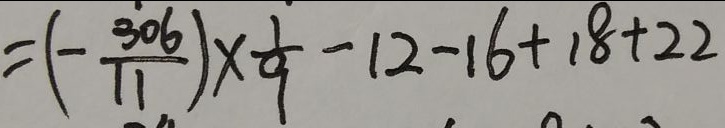
= ( - \frac { 3 0 6 } { 1 1 } ) \times \frac { 1 } { 9 } - 1 2 - 1 6 + 1 8 + 2 2